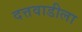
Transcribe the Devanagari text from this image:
दत्तवाडीला